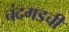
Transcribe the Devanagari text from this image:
चंदगडची